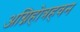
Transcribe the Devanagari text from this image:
अग्निहोत्रहवन